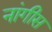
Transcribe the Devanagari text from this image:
नांगीस